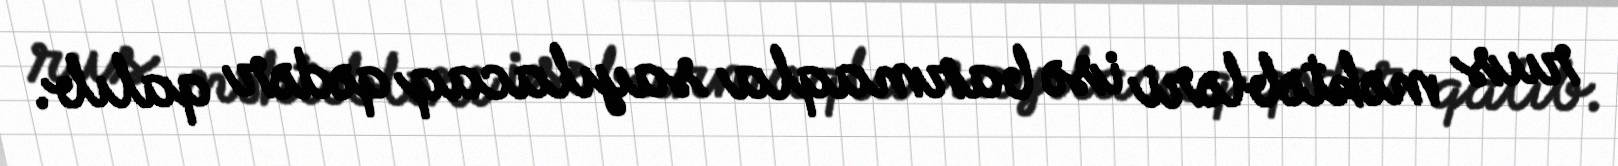
rus məktəbləri isə barmaqla sayılacaq qədər qalıb.